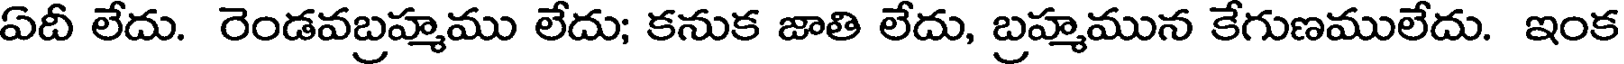
ఏదీ లేదు. రెండవబ్రహ్మము లేదు; కనుక జాతి లేదు, బ్రహ్మమున కేగుణములేదు. ఇంక